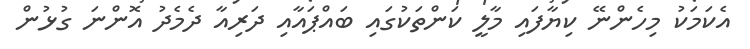
އެކަމަކު މިހެންނޭ ކިޔާފައި މާލީ ކަންތަކުގައި ބައްޕައާއި ދަރިއާ ދެމެދު އޮންނަ ގުޅުން